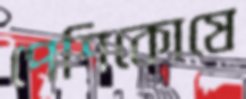
পেশিকোষে